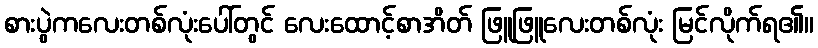
စားပွဲကလေးတစ်လုံးပေါ်တွင် လေးထောင့်စာအိတ် ဖြူဖြူလေးတစ်လုံး မြင်လိုက်ရ၏။